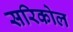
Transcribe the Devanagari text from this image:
सरिकोल